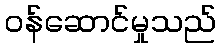
ဝန်ဆောင်မှုသည်